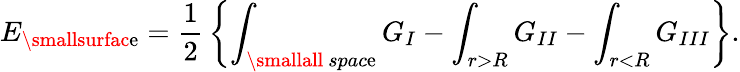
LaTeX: E_{\smallsurfac\mathrm{e}}={\frac{{1}}{{2}}}\left\{ \int_{\smallall~spac\mathrm{e}}G_{I}-\int_{r>R}G_{II}-\int_{r<R}G_{III}\right\} .